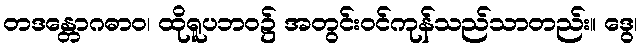
တဒန္တောဂဓာဝ၊ ထိုရူပဘဝ၌ အတွင်းဝင်ကုန်သည်သာတည်း။ ဒွေ၊